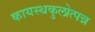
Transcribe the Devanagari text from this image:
कायस्थकुलोत्पन्न